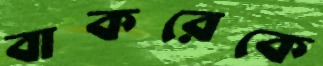
বাকরেকে